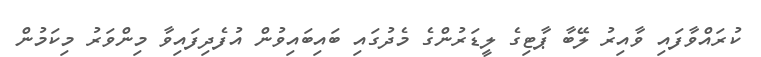
ކުރައްވާފައި ވާއިރު ލޭބާ ޕާޓިގެ ލީޑަރުންގެ މެދުގައި ބައިބައިވުން އުފެދިފައިވާ މިންވަރު މިކަމުން